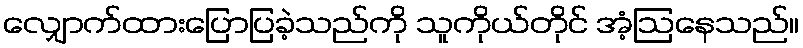
လျှောက်ထားပြောပြခဲ့သည်ကို သူကိုယ်တိုင် အံ့ဩနေသည်။